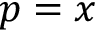
p = x